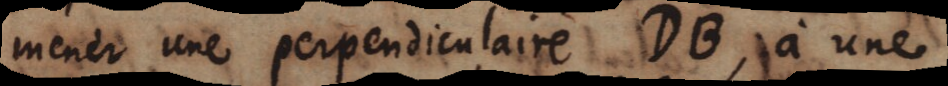
mener une perpendiculaire DB, à une